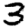
Digit: 3